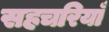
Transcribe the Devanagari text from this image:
सहचरियाँ